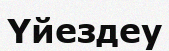
Үйездеу